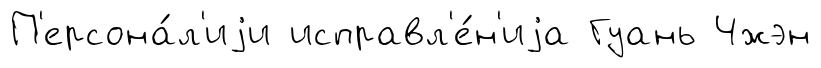
П'ерсона́л'иjи исправл'е́н'иjа Гуань Чжэн